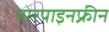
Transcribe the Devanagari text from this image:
नोरपाइनफ्रीन